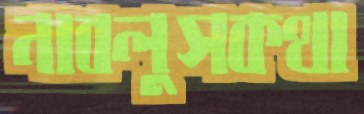
নাবলুসকথা